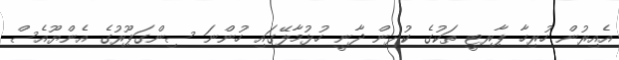
އެއިރުން ހުރިހާ ޕާރޓީ ތަކުގެ ކުދިން ދާނީ ހުޅުމާލޭގައި ހުންނަ ސިންގަޕޫރުގެ އެންޔޫއެސް